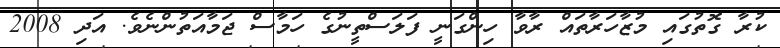
ކުރާ ގޮތުގައި މުޒާހަރާތައް ރާވާ ހިންގަނީ ފަލަސްތީނުގެ ހަމާސް ޖަމާއަތުންނެވެ. އަދި 2008